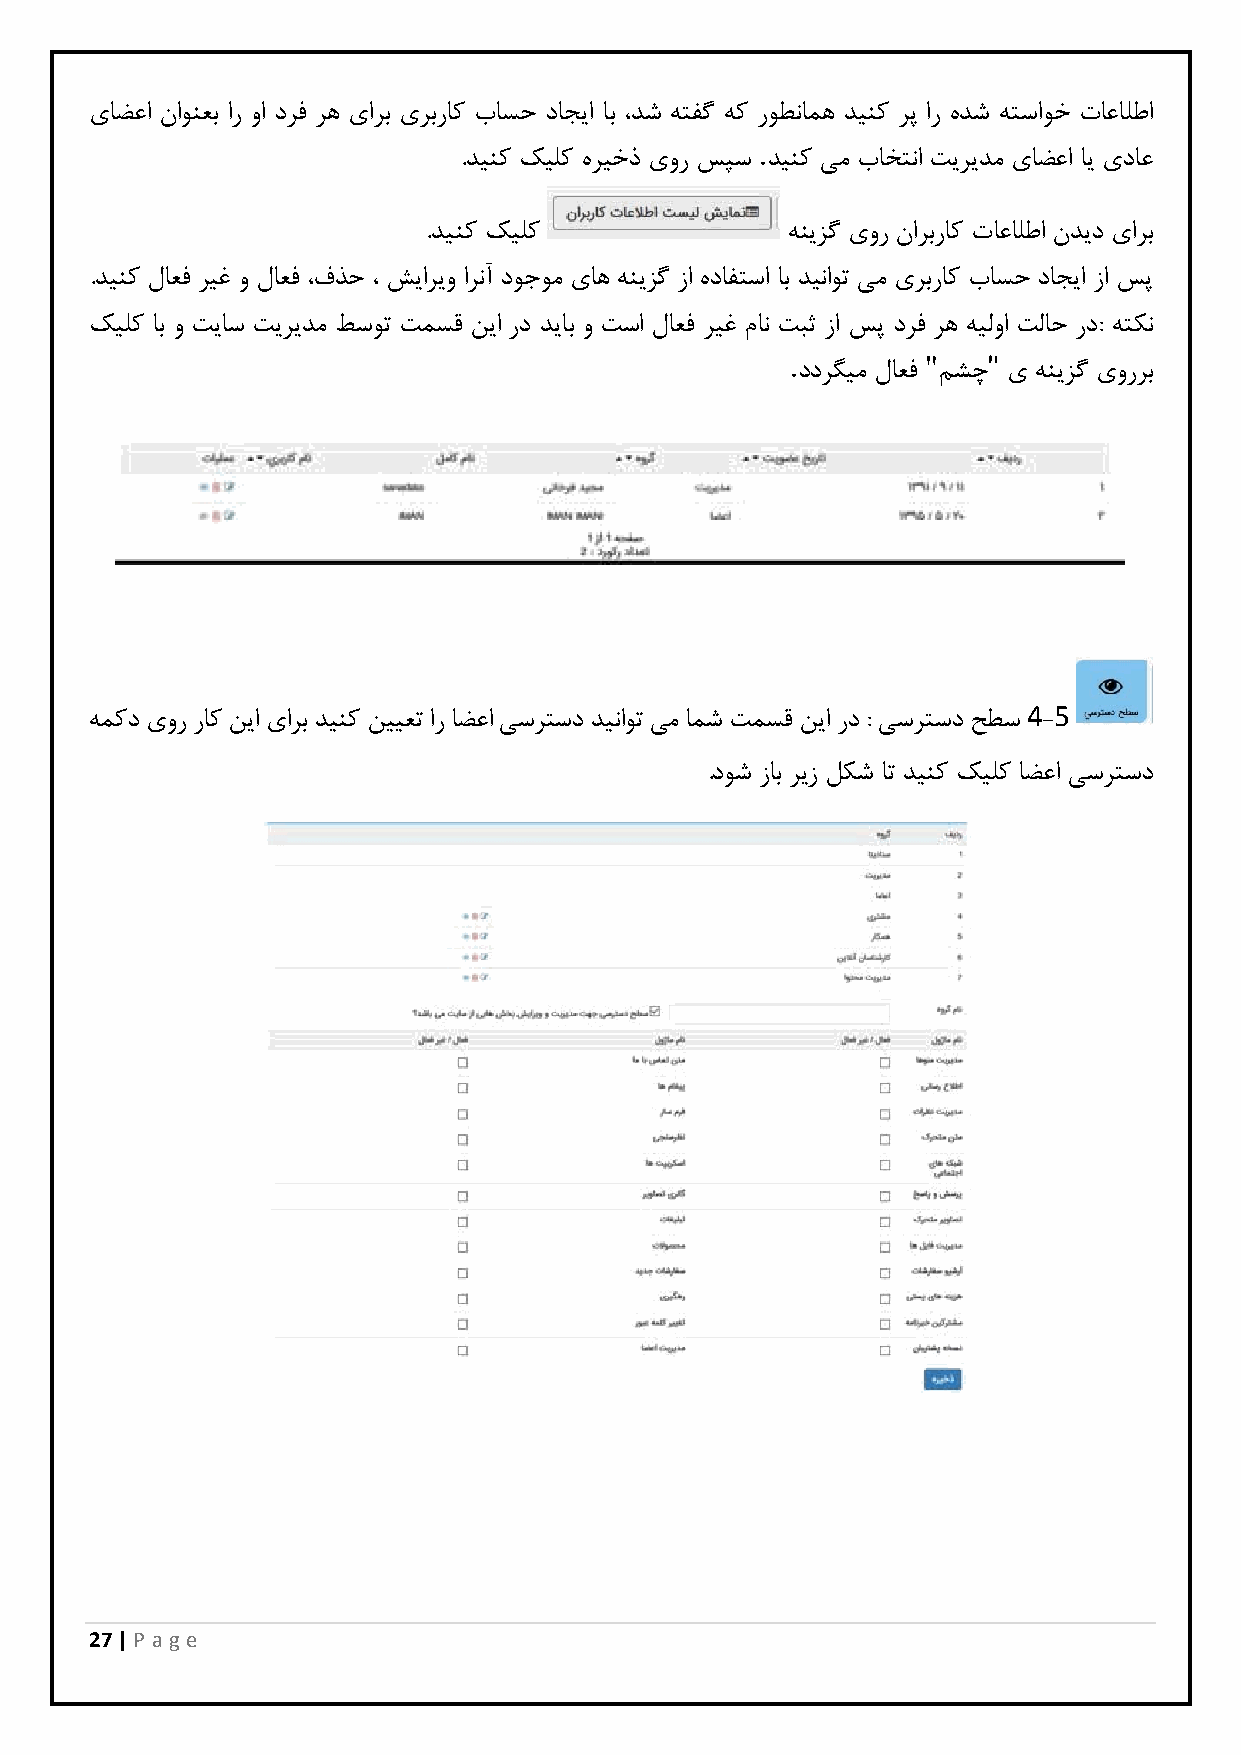
یاضعا ناونعب ار وا درف ره یارب یربراک باسح داجیا اب ،دش هتفگ هک روطنامه دینک رپ ار هدش هتساوخ تاعالطا
 .
 .دینک کیلک هریخذ یور سپس دینک یم باختنا تیریدم یاضعا ای یداع
 .دینک کیلک              هنیزگ یور ناربراک تاعالطا ندید یارب
 .دینک لاعف ریغ و لاعف ،فذح ، شیاریو ارنآ دوجوم یاه هنیزگ زا هدافتسا اب دیناوت یم یربراک باسح داجیا زا سپ
 کیلک اب و تیاس تیریدم طسوت تمسق نیا رد دیاب و تسا لاعف ریغ مان تبث زا سپ درف ره هیلوا تلاح رد: هتکن
 .        "   "
 ددرگیم لاعف مشچ ی هنیزگ یوررب
 4 5
 همکد یور راک نیا یارب دینک نییعت ار اضعا یسرتسد دیناوت یم امش تمسق نیا رد : یسرتسد حطس -
 .دوش زاب ریز لکش ات دینک کیلک اضعا یسرتسد
 27 | P age